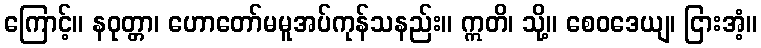
ကြောင့်။ နဝုတ္တာ၊ ဟောတော်မမူအပ်ကုန်သနည်း။ ဣတိ၊ သို့။ စေဝဒေယျ၊ ငြားအံ့။